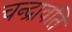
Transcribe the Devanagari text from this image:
चन्द्रावति